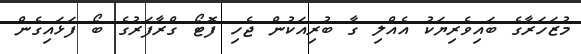
މުޒަހަރާގެ ބައިވެރިޔަކު އެއްލި ގާ ބުރިއަކުން ޖެހި ފޮޓޯ ގްރާފަރުގެ ބޯ ފަޅައިގެން